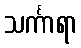
သင်္ကာရာ